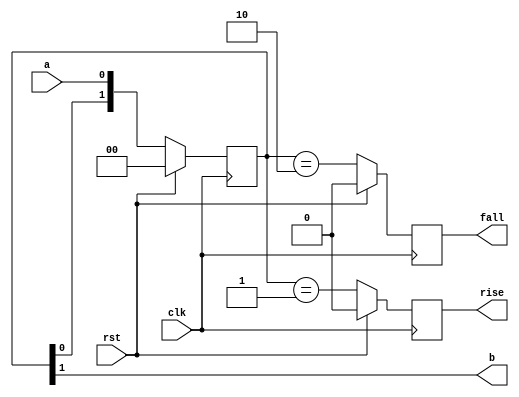
/**
 * Copyright (c) 2020 The HSC Core Authors
 * 
 * Licensed under the Apache License, Version 2.0 (the "License");
 * you may not use this file except in compliance with the License.
 * You may obtain a copy of the License at
 * 
 *     https://www.apache.org/licenses/LICENSE-2.0
 * 
 * Unless required by applicable law or agreed to in writing, software
 * distributed under the License is distributed on an "AS IS" BASIS,
 * WITHOUT WARRANTIES OR CONDITIONS OF ANY KIND, either express or implied.
 * See the License for the specific language governing permissions and
 * limitations under the License. SPDX-License-Identifier: Apache-2.0
 * 
 * @file   io_filter.v
 * @author Kevin Dai <kevindai02@outlook.com>
 * @date   Created on December 17 2020, 8:36 PM
 */

// TODO: Hahaha too lazy to do it
module io_filter (
    input wire clk,
    input wire rst,
    input wire a,
    output wire b,
    output reg rise,
    output reg fall
);
    reg[1:0] sync;
    assign b = sync[1];

    always @(posedge clk) if(rst) begin
        sync <= 0;
    end else begin
        sync <= { sync[0], a };
    end
    
    always @(posedge clk) if(rst) begin
        rise <= 0;
        fall <= 0;
    end else begin
        rise <= sync == 2'b01;
        fall <= sync == 2'b10;
    end
endmodule